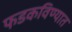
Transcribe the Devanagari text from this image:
फडकविण्यात